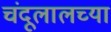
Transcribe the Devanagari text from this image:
चंदूलालच्या